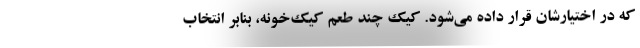
که در اختیارشان قرار داده می‌شود. کیک چند طعم کیک‌خونه، بنابر انتخاب